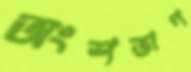
অংশভাগ